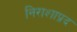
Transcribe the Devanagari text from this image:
निराशाप्रद